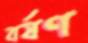
বর্ষণ